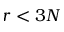
r < 3 N